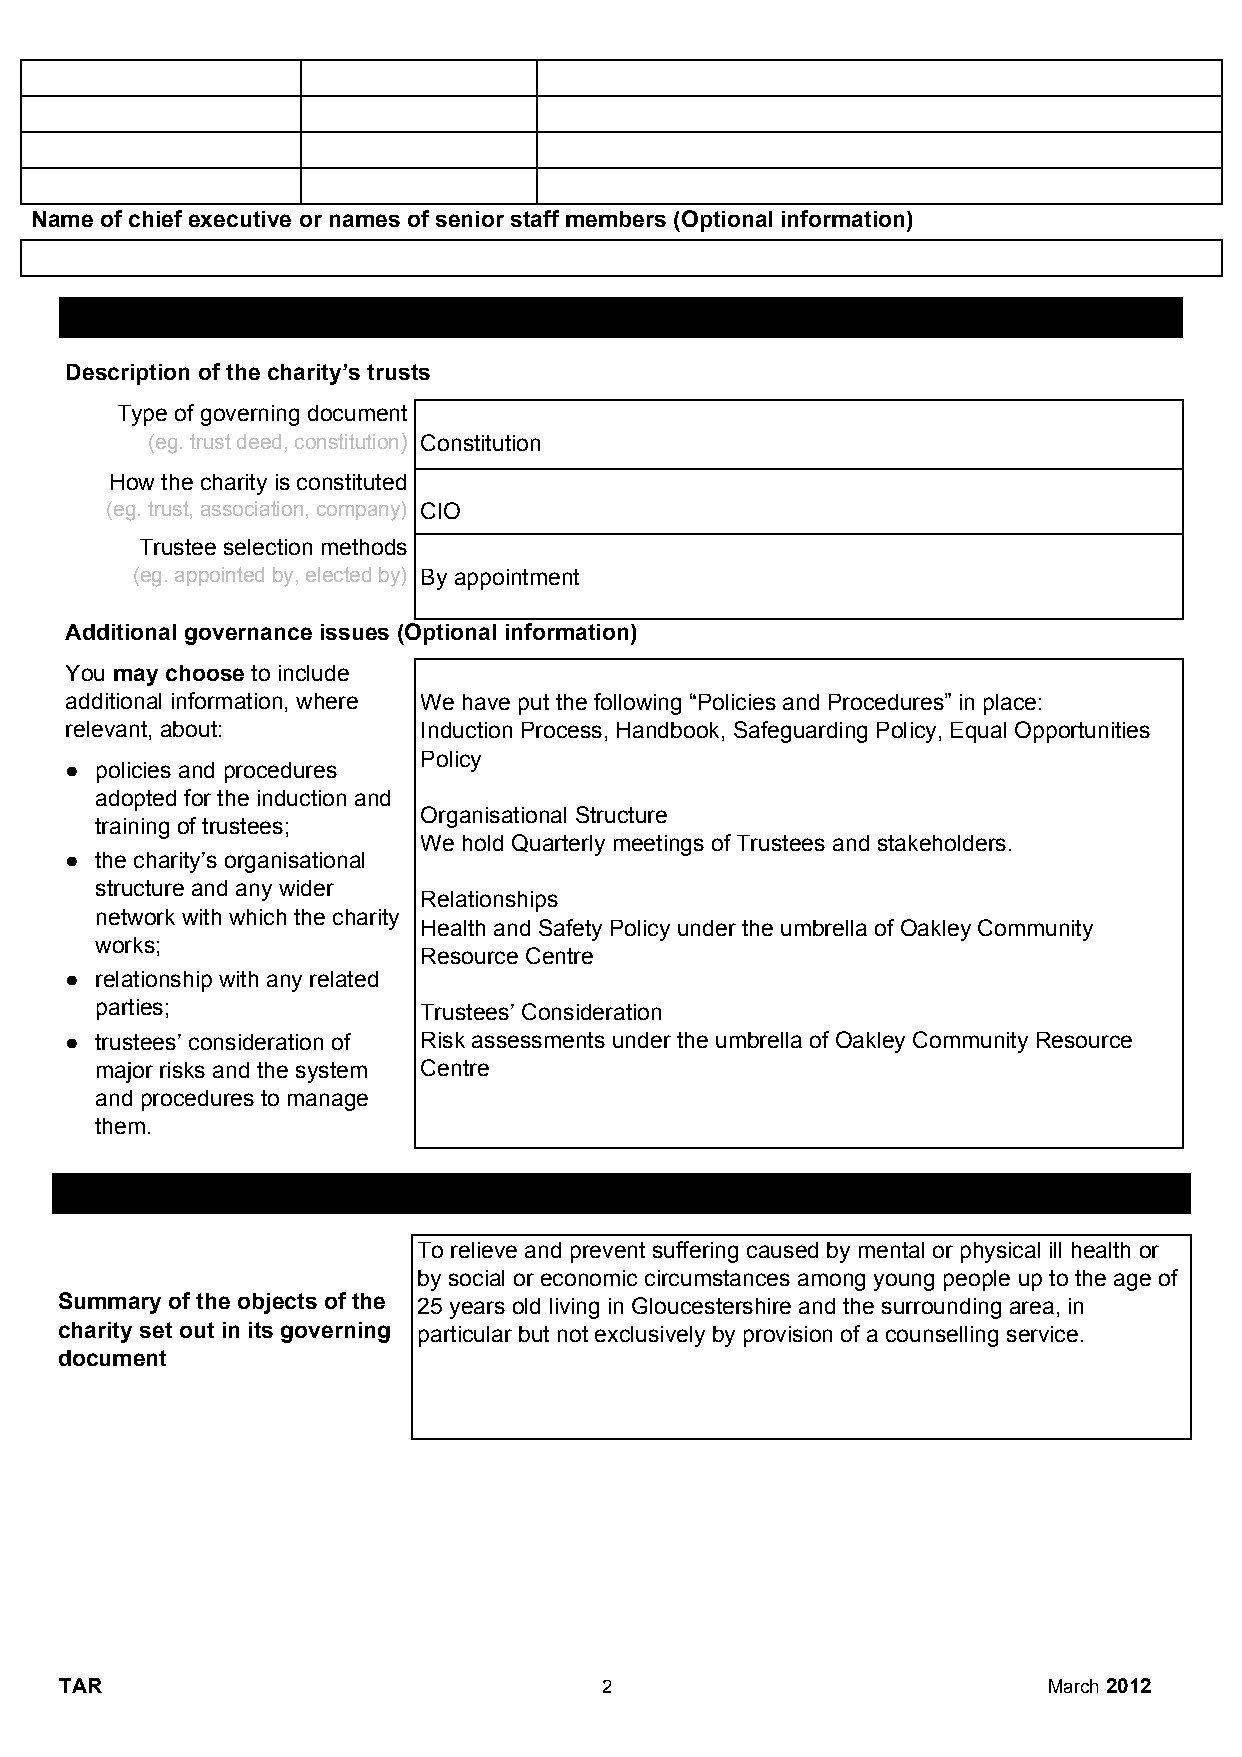
Name of chief executive or names of senior staff members (Optional information)
 Section  B         Structure, governance   and  management
 Description of the charity’s trusts
 Type of governing document
 (eg. trust deed, constitution) Constitution
 ​
 How the charity is constituted
 (eg. trust, association, company) CIO
 Trustee selection methods
 (eg. appointed by, elected by) By appointment
 Additional governance issues (Optional information)
 You may choose to include
 ​        ​
 additional information, where We have put the following “Policies and Procedures” in place:
 relevant, about:        Induction Process, Handbook, Safeguarding Policy, Equal Opportunities
 Policy
 ● policies and procedures
 adopted for the induction and
 Organisational Structure
 training of trustees;
 We hold Quarterly meetings of Trustees and stakeholders.
 ● the charity’s organisational
 structure and any wider
 Relationships
 network with which the charity
 Health and Safety Policy under the umbrella of Oakley Community
 works;
 Resource Centre
 ● relationship with any related
 parties;              Trustees’ Consideration
 ● trustees’ consideration of Risk assessments under the umbrella of Oakley Community Resource
 major risks and the system Centre
 and procedures to manage
 them.
 Section C             Objectives  and  activities
 To relieve and prevent suffering caused by mental or physical ill health or
 by social or economic circumstances among young people up to the age of
 Summary of the objects of the 25 years old living in Gloucestershire and the surrounding area, in
 charity set out in its governing particular but not exclusively by provision of a counselling service.
 document
 TAR                                 2                            March 2012
 ​